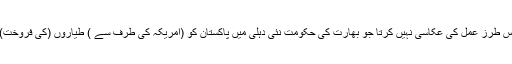
’’بھارتی ہائی کمشنر کا بیان، اس طرز عمل کی عکاسی نہیں کرتا جو بھارت کی حکومت نئی دہلی میں پاکستان کو (امریکہ کی طرف سے ) طیاروں (کی فروخت) کے حوالے سے دے رہی ہے۔